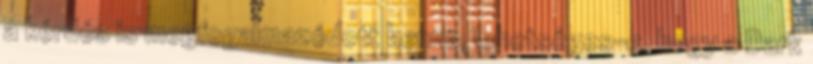
a kérdés is megfogalmazódott benne, lehetséges-e, hogy a Dark